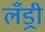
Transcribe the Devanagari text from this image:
लँड्री